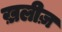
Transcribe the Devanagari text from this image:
ख़लीज़